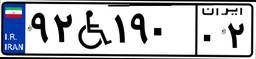
۹۲W۱۹۰۰۲